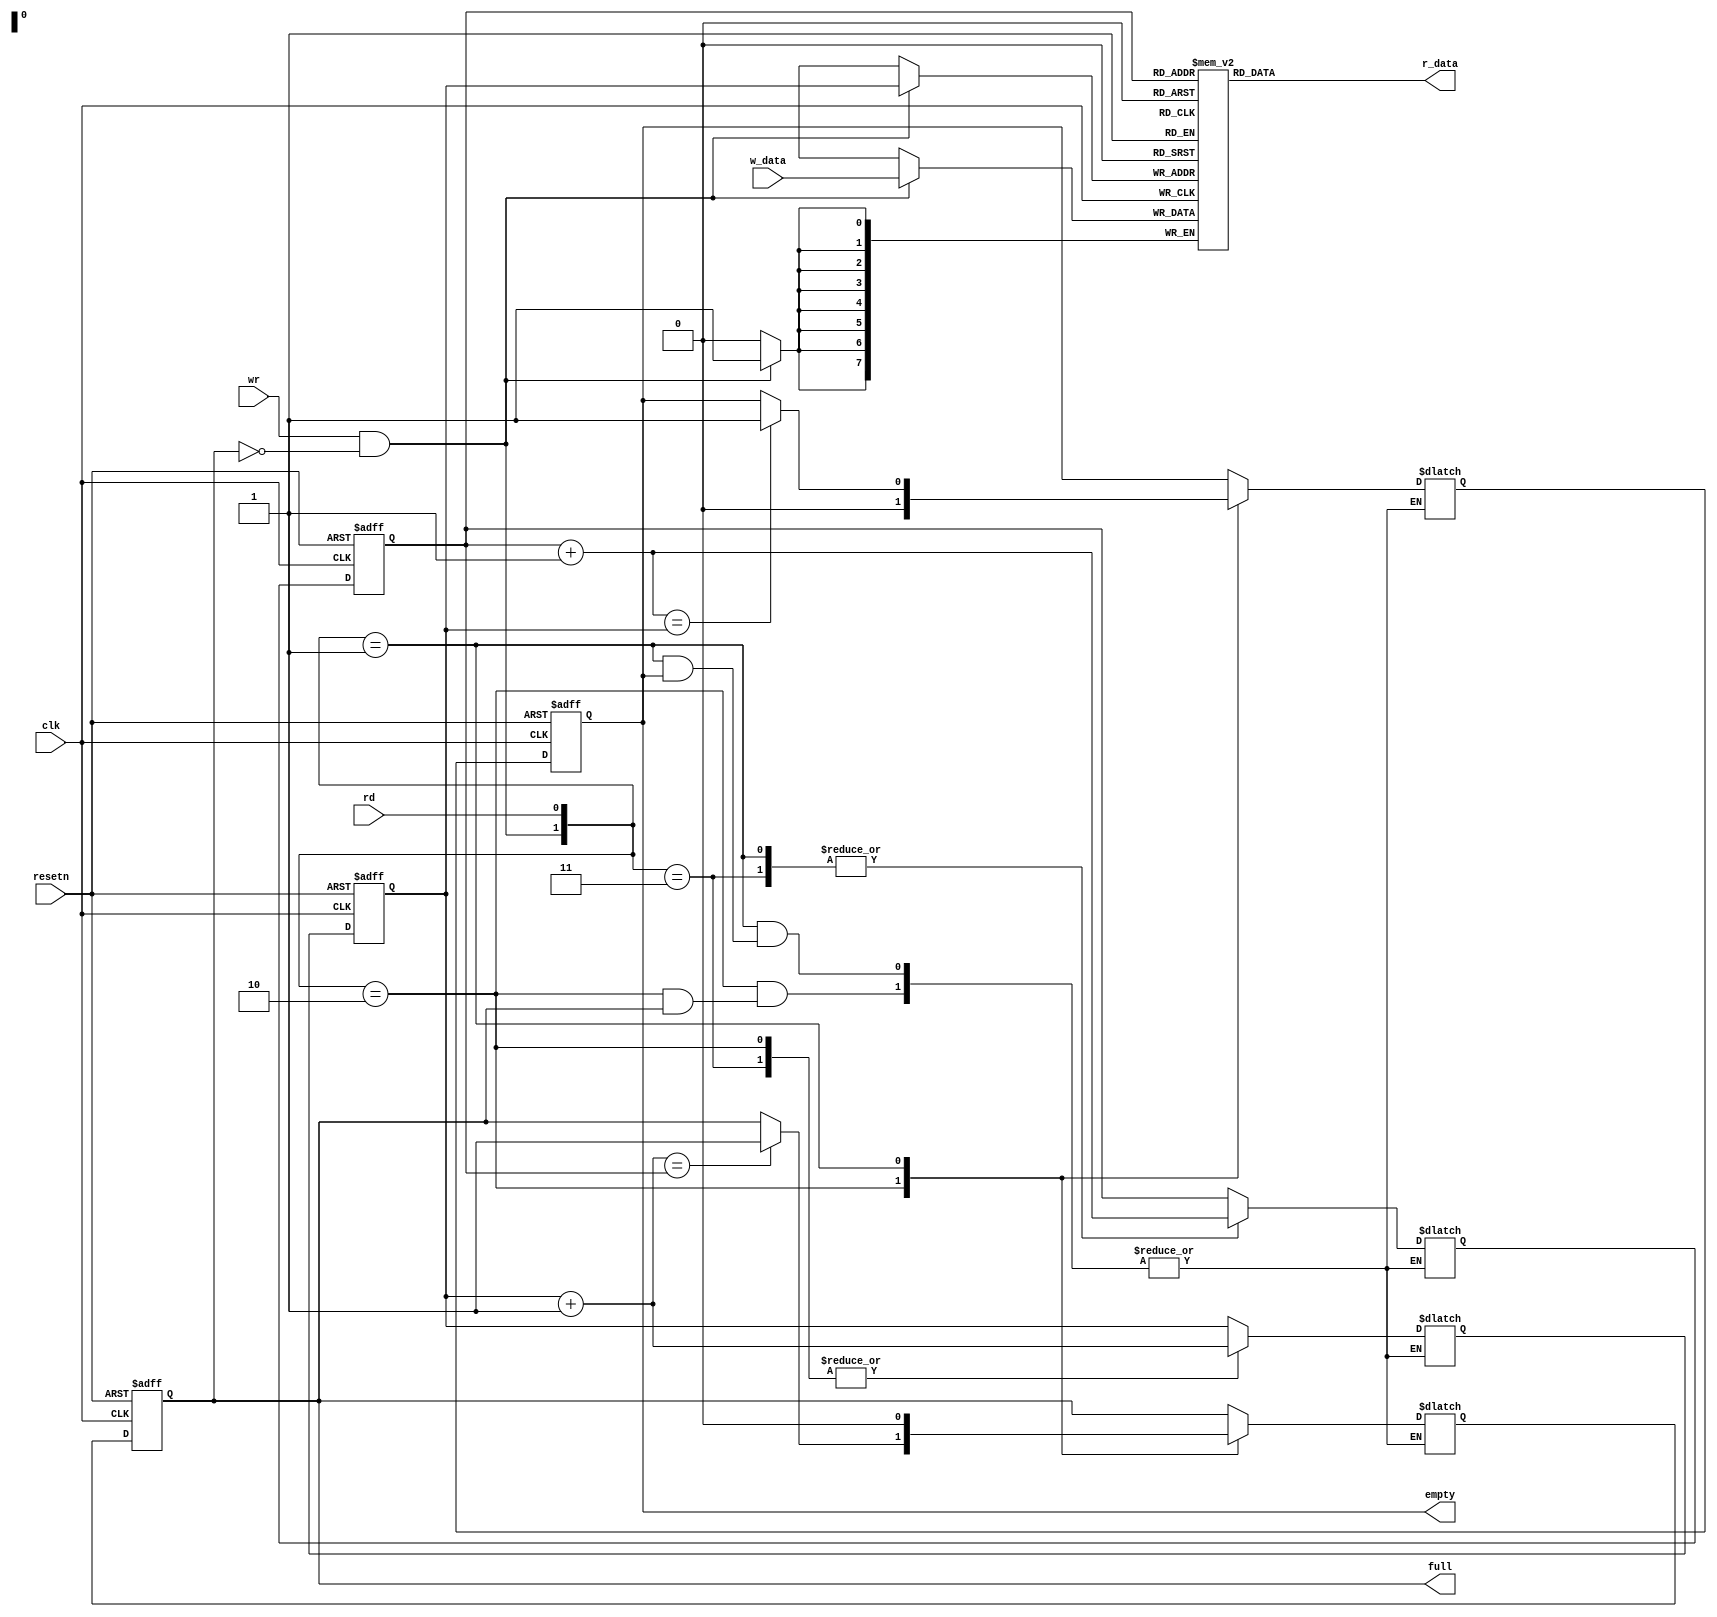
module fifo #(
    parameter DATA_WIDTH = 8,
    parameter ADDR_WIDTH = 8
)(
    input wire clk,
    input wire resetn,
    input wire rd,
    input wire wr,
    input wire [DATA_WIDTH-1:0] w_data,

    output wire empty,
    output wire full,
    output wire [DATA_WIDTH-1:0] r_data
);
    reg [DATA_WIDTH-1:0] mem [(1<<ADDR_WIDTH)-1:0];
    reg [ADDR_WIDTH-1:0] w_reg , w_next , w_succ;
    reg [ADDR_WIDTH-1:0] r_reg , r_next , r_succ;

    reg full_reg , empty_reg , full_next , empty_next;
    wire w_en = wr & ~full_reg;

    always@(posedge clk) begin
        if(w_en)
            mem[w_reg] <= w_data;
    end
    assign r_data = mem[r_reg];

    always@(posedge clk or negedge resetn) begin
        if(~resetn) begin
            w_reg <= 0;
            r_reg <= 0;
            full_reg <= 0;
            empty_reg <= 0;
        end else begin
            w_reg <= w_next;
            r_reg <= r_next;
            full_reg <= full_next;
            empty_reg <= empty_next;
        end
    end

    always@(*) begin
        w_succ = w_reg + 1;
        r_succ = r_reg + 1;
        
        case({w_en,rd})
        2'b10 : begin
            if(~full_reg) begin
                w_next = w_succ;
                r_next = r_reg;
                empty_next = 1'b0;
                if(w_succ == r_reg)
                    full_next = 1'b1;
                else
                    full_next = full_reg;
            end
            end
        2'b01 : begin
            if(~empty_reg) begin
               w_next = w_reg;
               r_next = r_succ;
               full_next = 1'b0;
               if(r_succ == w_reg)
                    empty_next = 1'b1; 
                else
                    empty_next = empty_reg;
            end
        end
        2'b11 : begin
            w_next = w_succ;
            r_next = r_succ;
            full_next = full_reg;
            empty_next = empty_reg;
        end
        default : begin
            w_next = w_reg;
            r_next = r_reg;
            full_next = full_reg;
            empty_next = empty_reg;
        end
        endcase
    end

    assign full = full_reg;
    assign empty = empty_reg;

endmodule